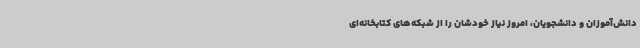
دانش‌آموزان و دانشجویان، امروز نیاز خودشان را از شبکه‌های کتابخانه‌ای